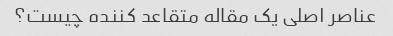
عناصر اصلی یک مقاله متقاعد کننده چیست؟